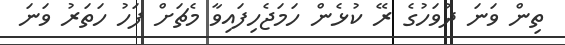
ތިން ވަނަ ދުވަހުގެ ރޭ ކުޅެން ހަމަޖެހިފައިވާ މެޗަށް ފަހު ހަތަރު ވަނަ